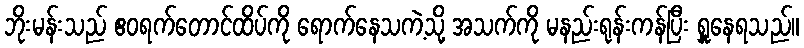
ဘိုးမန်းသည် ဧဝရက်တောင်ထိပ်ကို ရောက်နေသကဲ့သို့ အသက်ကို မနည်းရုန်းကန်ပြီး ရှူနေရသည်။